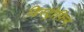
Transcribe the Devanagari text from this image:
डिस्ट्रोफ़िन